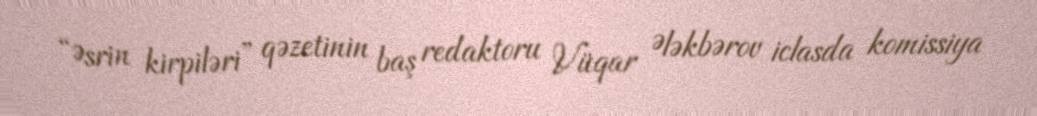
“Əsrin kirpiləri” qəzetinin baş redaktoru Vüqar Ələkbərov iclasda komissiya